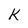
Character: K